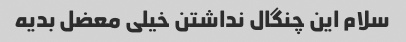
سلام این چنگال نداشتن خیلی معضل بدیه